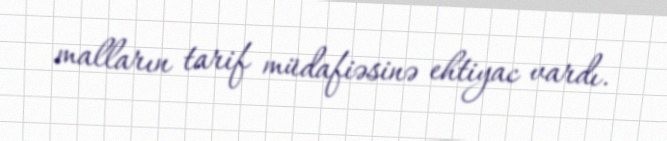
malların tarif müdafiəsinə ehtiyac vardı.